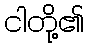
ငါတို့၏